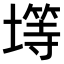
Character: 𫮨